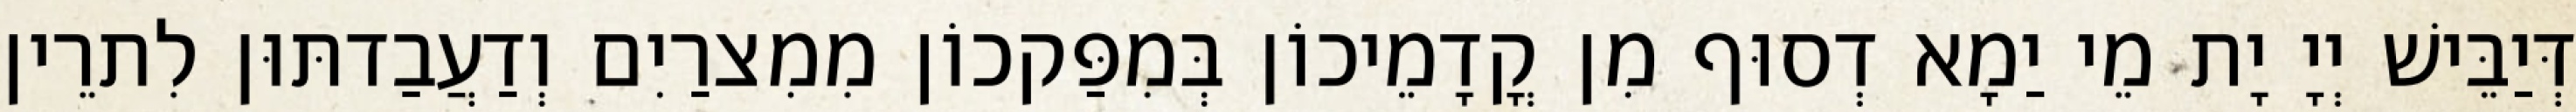
דְּיַבֵּישׁ יְיָ יָת מֵי יַמָא דְסוּף מִן קֳדָמֵיכוֹן בְּמִפַּקכוֹן מִמִצרַיִם וְדַעֲבַדתּוּן לִתרֵין